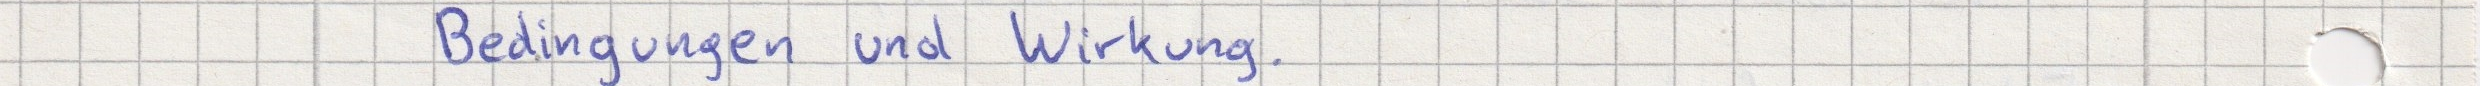
Bedingungen und Wirkung.